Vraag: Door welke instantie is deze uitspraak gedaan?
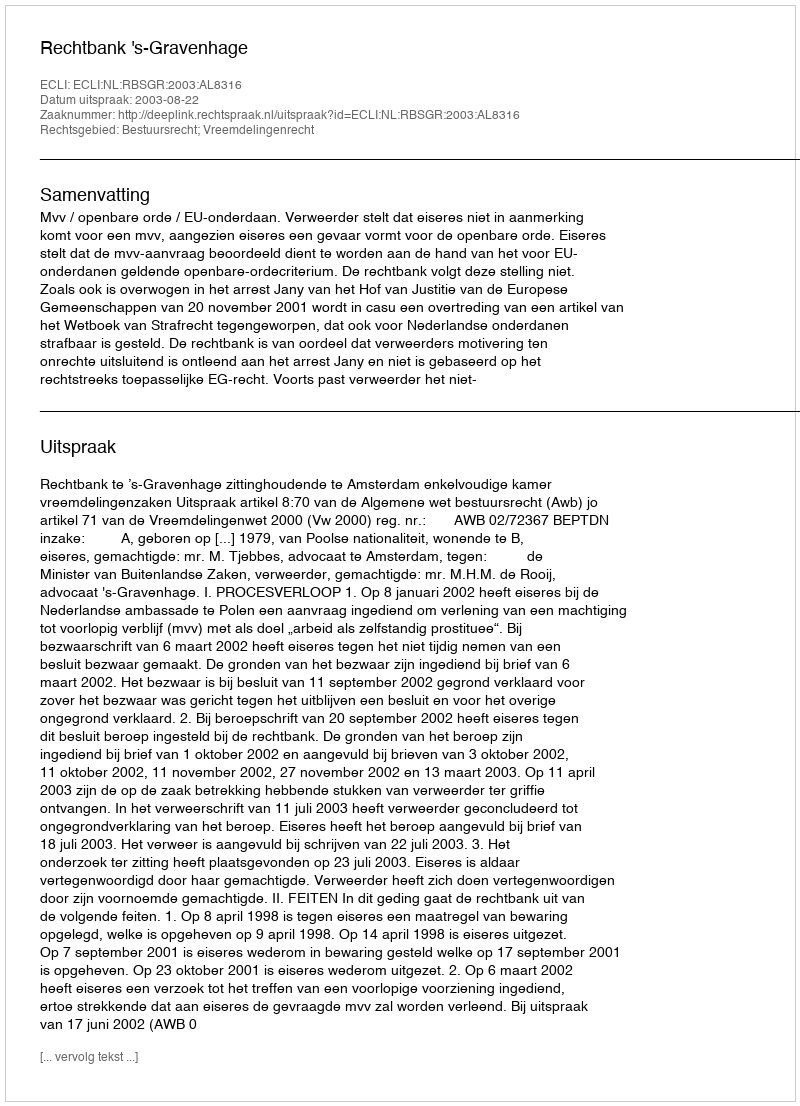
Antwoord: Rechtbank 's-Gravenhage